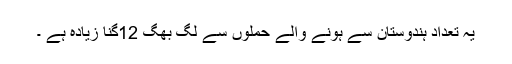
یہ تعداد ہندوستان سے ہونے والے حملوں سے لگ بھگ 12گنا زیادہ ہے ۔